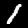
Label: 1